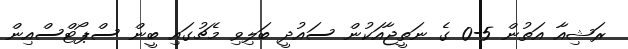
ރަޝިއާ އަތުން 5-0 ގެ ނަތީޖާއަކުން ސައުދީ ބަލިވި މެޗުގައި ބީން ސްޕޯޓްސްއިން